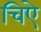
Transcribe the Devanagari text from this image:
चिऐ